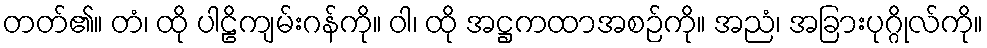
တတ်၏။ တံ၊ ထို ပါဠိကျမ်းဂန်ကို။ ဝါ၊ ထို အဋ္ဌကထာအစဉ်ကို။ အညံ၊ အခြားပုဂ္ဂိုလ်ကို။